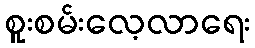
စူးစမ်းလေ့လာရေး